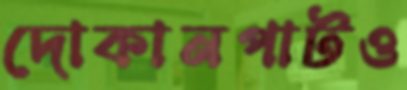
দোকানপাটও